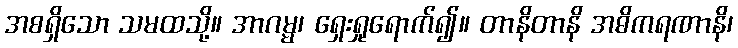
အစရှိသော သမထသို့။ အာဂမ္မ၊ ရှေးရှုရောက်၍။ တာနိတာနိ အဓိကရဏာနိ၊